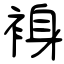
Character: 裑